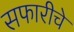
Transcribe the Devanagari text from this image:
सफारीचे